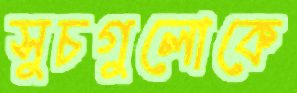
সুচগুলোকে